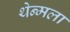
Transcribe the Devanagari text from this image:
थेन्मला